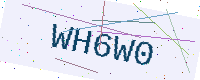
Text: WH6W0